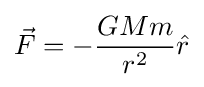
{\vec {F}}=-{\frac {GMm}{r^{2}}}{\hat {r}}